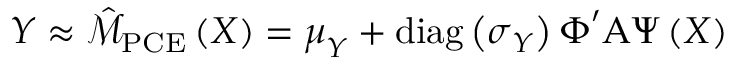
\boldsymbol { Y } \approx \hat { \mathcal { M } } _ { \mathrm { P C E } } \left( \boldsymbol { X } \right) = \boldsymbol { \mu } _ { \boldsymbol { Y } } + \operatorname { d i a g } \left( \boldsymbol { \sigma } _ { \boldsymbol { Y } } \right) \boldsymbol { \Phi } ^ { \prime } \boldsymbol { \mathrm { A } } \boldsymbol { \Psi } \left( \boldsymbol { X } \right)